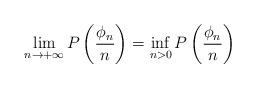
LaTeX: \begin{align*}\lim\limits_{n \to +\infty}P\left(\dfrac{\phi_n}{n}\right) = \inf\limits_{n > 0}P\left(\dfrac{\phi_n}{n}\right)\end{align*}